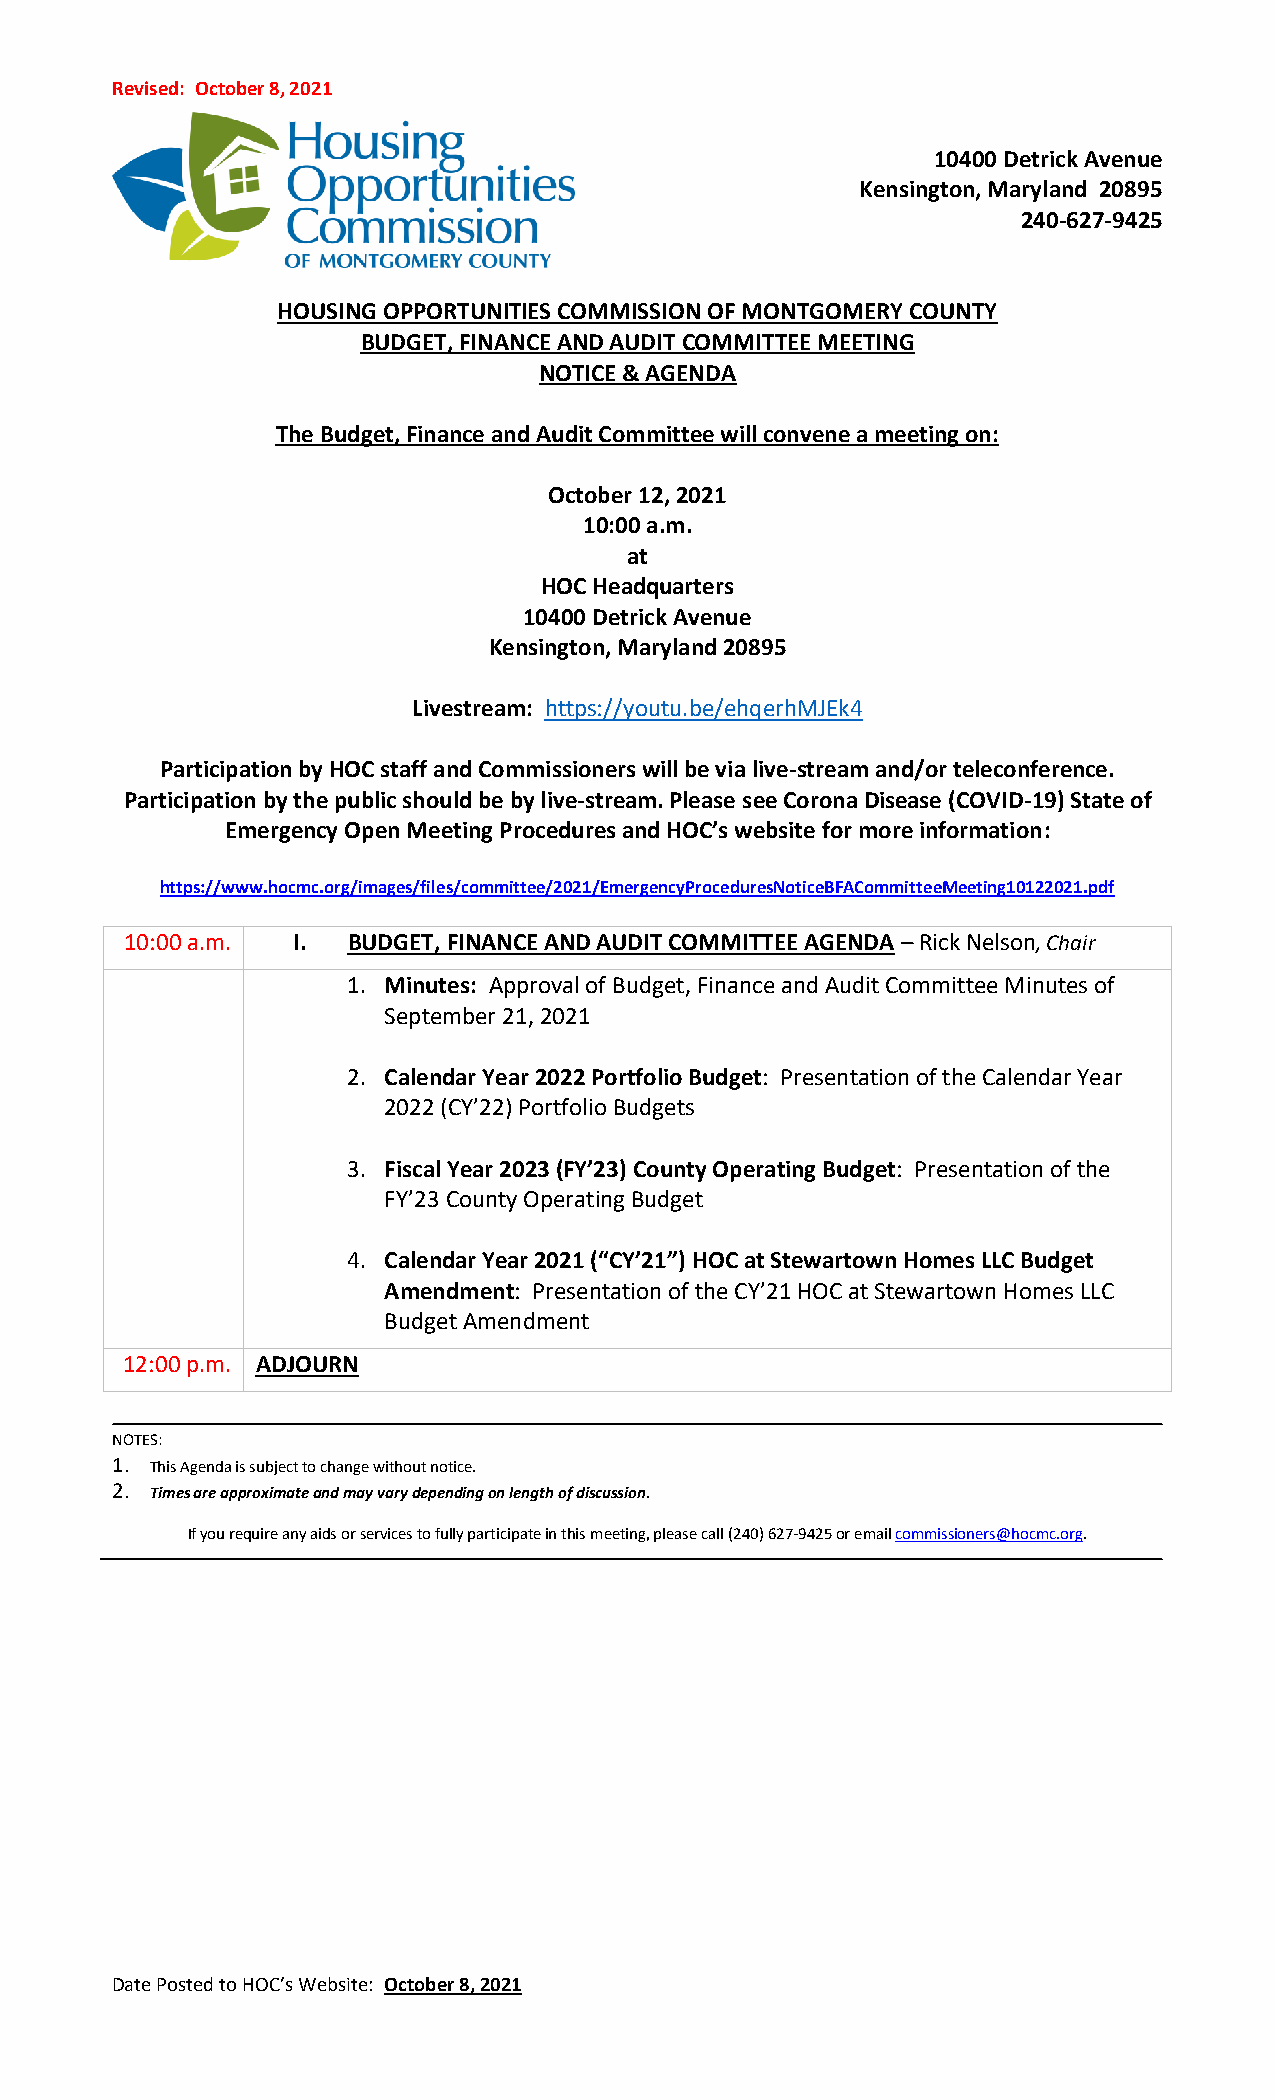
Revised: October 8, 2021
 10400 Detrick Avenue
 Kensington, Maryland 20895
 240-627-9425
 HOUSING OPPORTUNITIES COMMISSION OF MONTGOMERY COUNTY
 BUDGET, FINANCE AND AUDIT COMMITTEE MEETING
 NOTICE & AGENDA
 The Budget, Finance and Audit Committee will convene a meeting on:
 October 12, 2021
 10:00 a.m.
 at
 HOC Headquarters
 10400 Detrick Avenue
 Kensington, Maryland 20895
 Livestream: https://youtu.be/ehqerhMJEk4
 Participation by HOC staff and Commissioners will be via live-stream and/or teleconference.
 Participation by the public should be by live-stream. Please see Corona Disease (COVID-19) State of
 Emergency Open Meeting Procedures and HOC’s website for more information:
 https://www.hocmc.org/images/files/committee/2021/EmergencyProceduresNoticeBFACommitteeMeeting10122021.pdf
 10:00 a.m. I.  BUDGET, FINANCE AND AUDIT COMMITTEE AGENDA – Rick Nelson, Chair
 1. Minutes: Approval of Budget, Finance and Audit Committee Minutes of
 September 21, 2021
 2. Calendar Year 2022 Portfolio Budget: Presentation of the Calendar Year
 2022 (CY’22) Portfolio Budgets
 3. Fiscal Year 2023 (FY’23) County Operating Budget: Presentation of the
 FY’23 County Operating Budget
 4. Calendar Year 2021 (“CY’21”) HOC at Stewartown Homes LLC Budget
 Amendment: Presentation of the CY’21 HOC at Stewartown Homes LLC
 Budget Amendment
 12:00 p.m. ADJOURN
 NOTES:
 1. This Agenda is subject to change without notice.
 2. Times are approximate and may vary depending on length of discussion.
 If you require any aids or services to fully participate in this meeting, please call (240) 627-9425 or email commissioners@hocmc.org.
 Date Posted to HOC’s Website: October 8, 2021